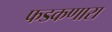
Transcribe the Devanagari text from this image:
फडकणारा